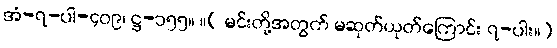
အံ-၇-ပါ-၄၀၉၊ ဋ္ဌ-၁၅၅။ ။( မင်းတို့အတွက် မဆုတ်ယုတ်ကြောင်း ၇-ပါး။)